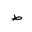
Letter: _da